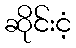
ဆိုင်းငံ့